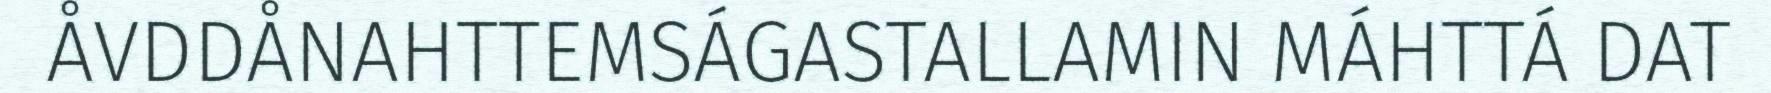
ÅVDDÅNAHTTEMSÁGASTALLAMIN MÁHTTÁ DAT